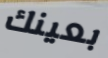
بعينك